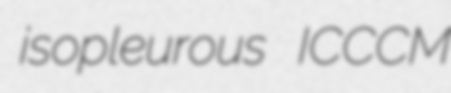
isopleurous ICCCM